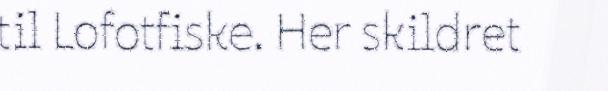
til Lofotfiske. Her skildret